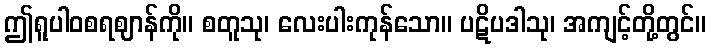
ဤရူပါဝစရဈာန်ကို။ စတူသု၊ လေးပါးကုန်သော။ ပဋိပဒါသု၊ အကျင့်တို့တွင်။